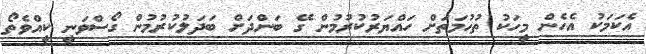
އެކަމަކު އެހެން މީހަކު ތުހުމަތަށް ހައްޔަރުކުރުމުން ގޭ ބަންދަށް ބަދަލުކުރުމުން ގޯސްވަނީ ކީއްވެތޯ